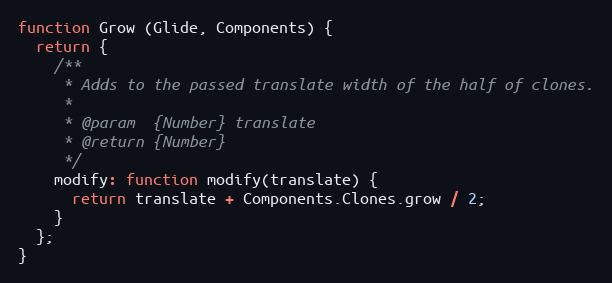
Language: JavaScript
function Grow (Glide, Components) {
  return {
    /**
     * Adds to the passed translate width of the half of clones.
     *
     * @param  {Number} translate
     * @return {Number}
     */
    modify: function modify(translate) {
      return translate + Components.Clones.grow / 2;
    }
  };
}